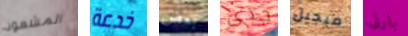
المشعوذ خدعة بعض جدى ميجيل بارنى